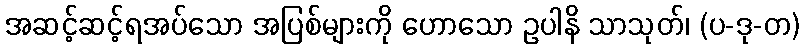
အဆင့်ဆင့်ရအပ်သော အပြစ်များကို ဟောသော ဥပါနိ သာသုတ်၊ (ပ-ဒု-တ)